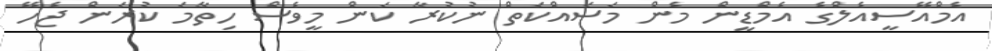
އެމްއޭސީއެލްގެ އެމްޑީން މެން މަސައްކަތް ނުކުރާ ކަން މީވެސް ހިތާމަ ކުރަން ޖެހޭ